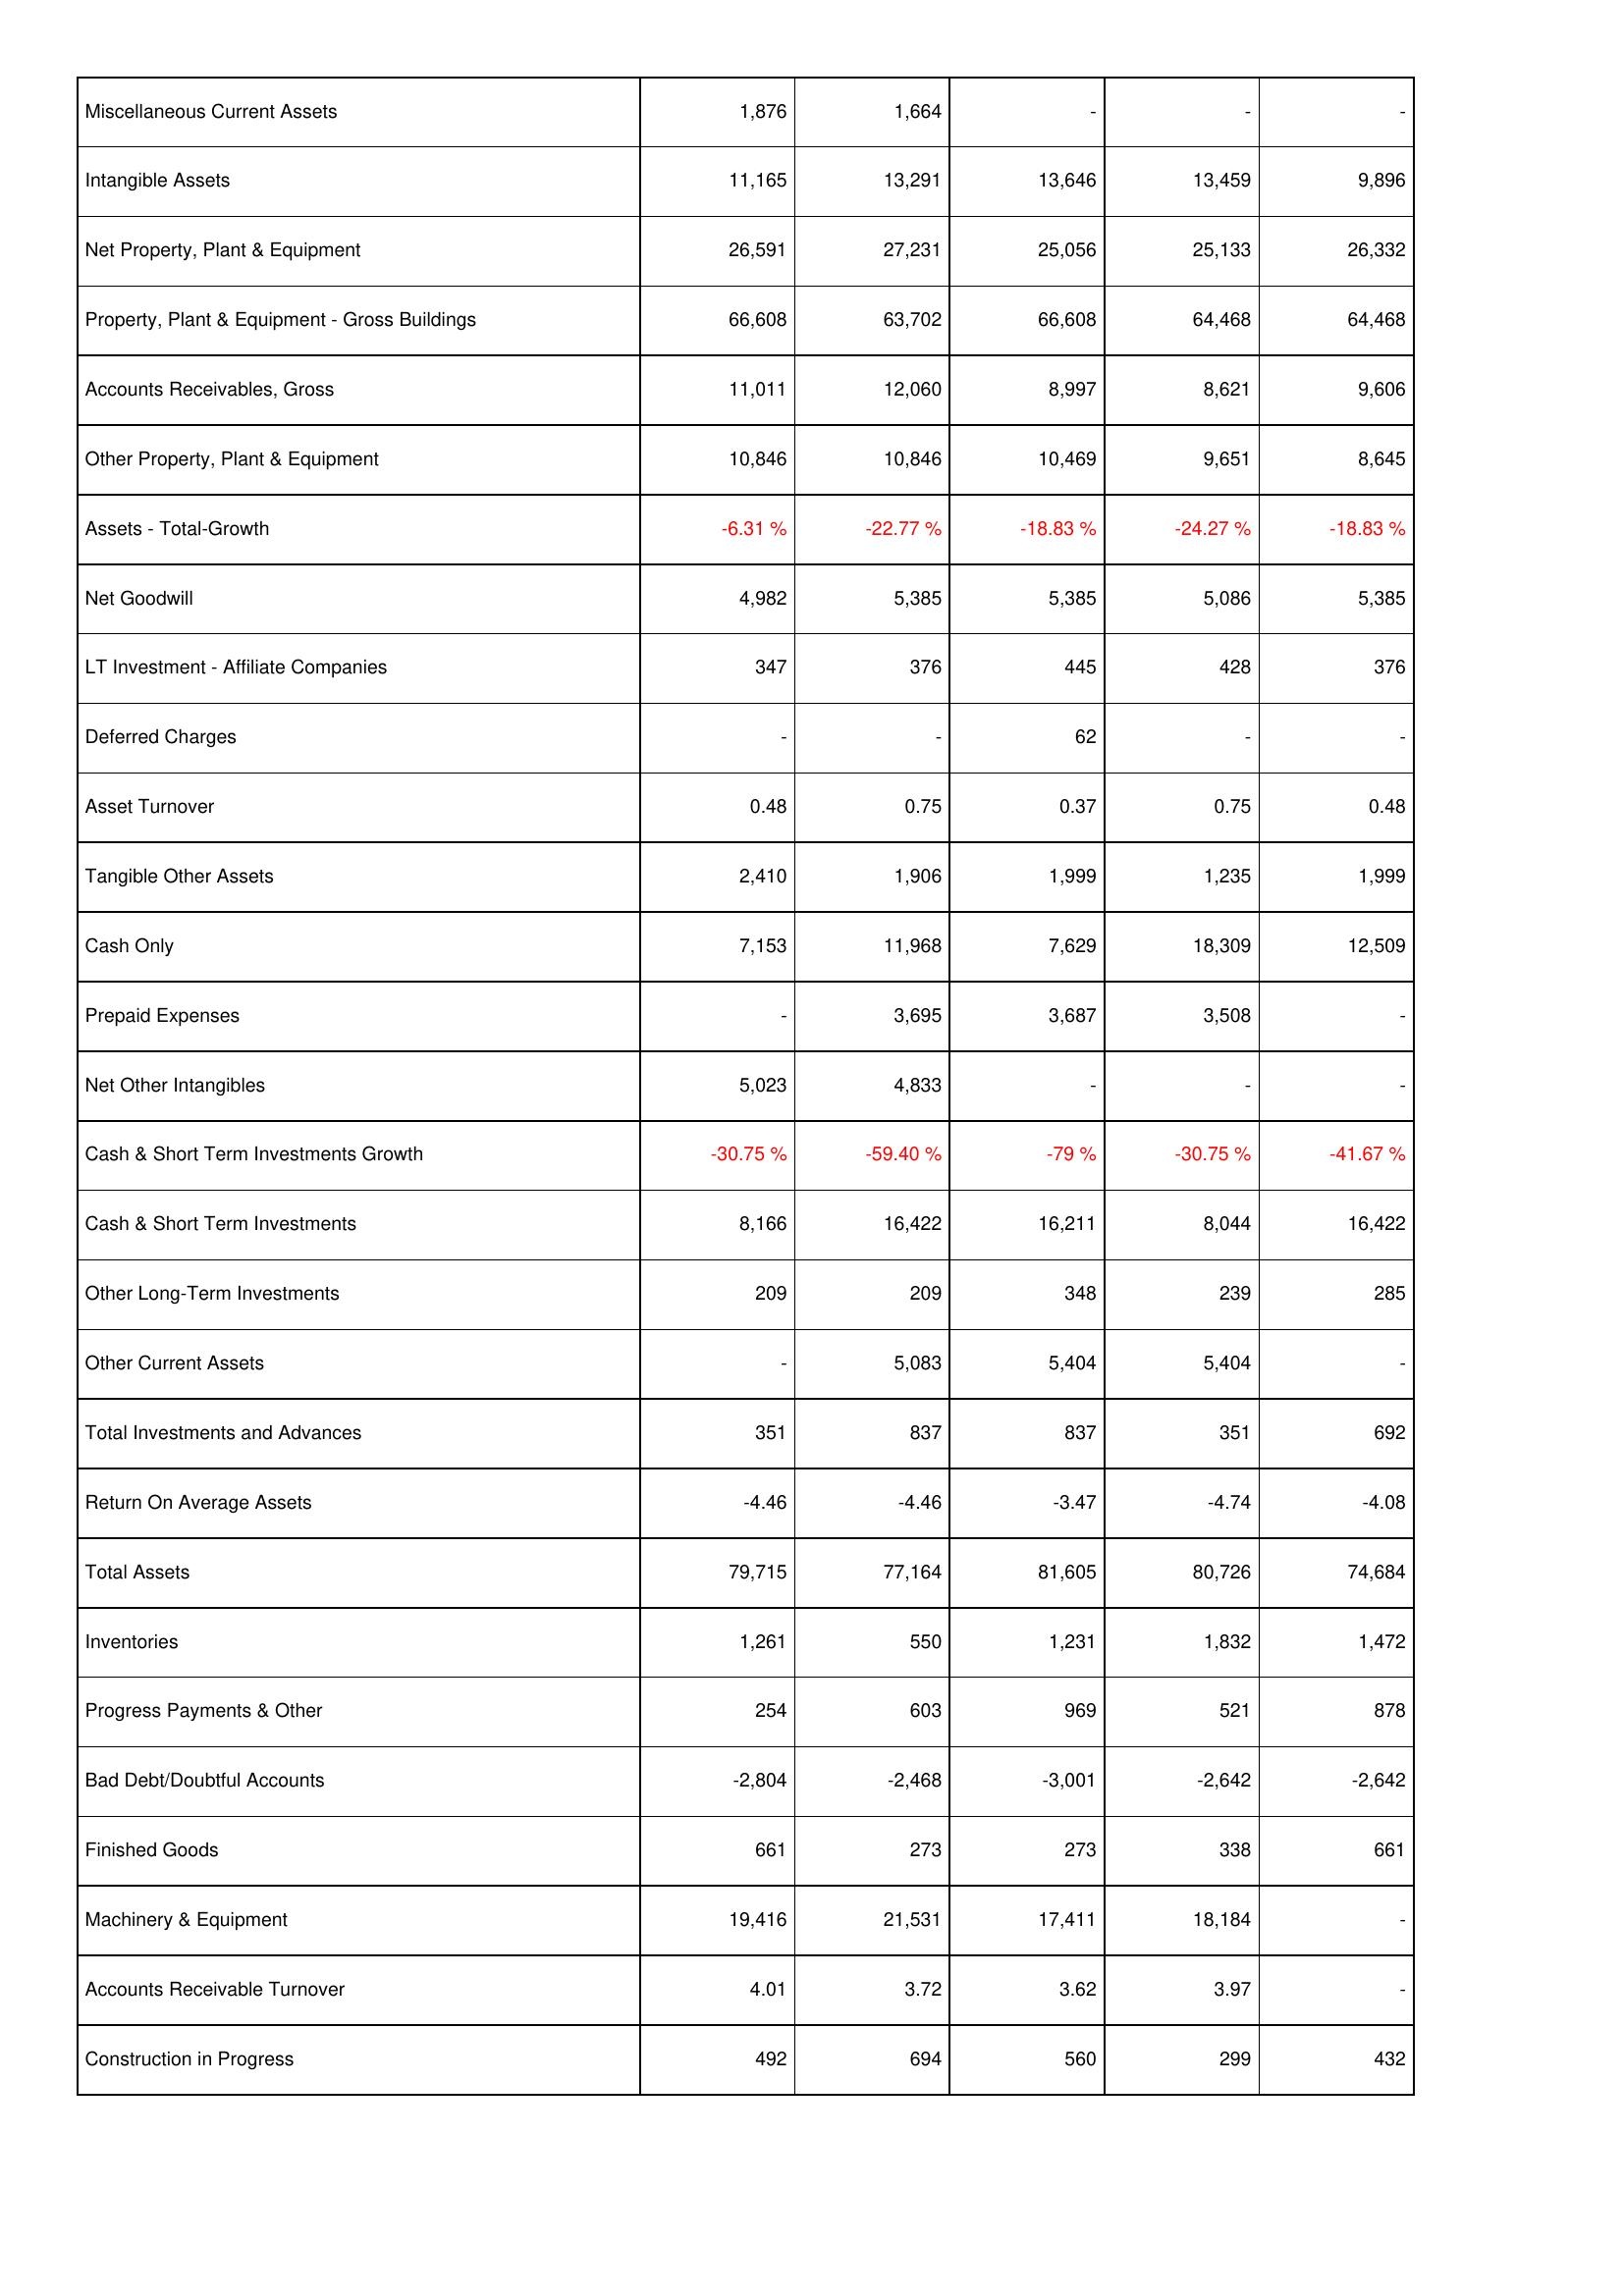
2010: Assets: Miscellaneous Current Assets: 1,876
Intangible Assets: 11,165
Net Property, Plant & Equipment: 26,591
Property, Plant & Equipment - Gross Buildings: 66,608
Accounts Receivables, Gross: 11,011
Other Property, Plant & Equipment: 10,846
Assets - Total-Growth: -6.31 %
Net Goodwill: 4,982
LT Investment - Affiliate Companies: 347
Deferred Charges: -
Asset Turnover: 0.48
Tangible Other Assets: 2,410
Cash Only: 7,153
Prepaid Expenses: -
Net Other Intangibles: 5,023
Cash & Short Term Investments Growth: -30.75 %
Cash & Short Term Investments: 8,166
Other Long-Term Investments: 209
Other Current Assets: -
Total Investments and Advances: 351
Return On Average Assets: -4.46
Total Assets: 79,715
Inventories: 1,261
Progress Payments & Other: 254
Bad Debt/Doubtful Accounts: -2,804
Finished Goods: 661
Machinery & Equipment: 19,416
Accounts Receivable Turnover: 4.01
Construction in Progress: 492
2011: Assets: Miscellaneous Current Assets: 1,664
Intangible Assets: 13,291
Net Property, Plant & Equipment: 27,231
Property, Plant & Equipment - Gross Buildings: 63,702
Accounts Receivables, Gross: 12,060
Other Property, Plant & Equipment: 10,846
Assets - Total-Growth: -22.77 %
Net Goodwill: 5,385
LT Investment - Affiliate Companies: 376
Deferred Charges: -
Asset Turnover: 0.75
Tangible Other Assets: 1,906
Cash Only: 11,968
Prepaid Expenses: 3,695
Net Other Intangibles: 4,833
Cash & Short Term Investments Growth: -59.40 %
Cash & Short Term Investments: 16,422
Other Long-Term Investments: 209
Other Current Assets: 5,083
Total Investments and Advances: 837
Return On Average Assets: -4.46
Total Assets: 77,164
Inventories: 550
Progress Payments & Other: 603
Bad Debt/Doubtful Accounts: -2,468
Finished Goods: 273
Machinery & Equipment: 21,531
Accounts Receivable Turnover: 3.72
Construction in Progress: 694
2012: Assets: Miscellaneous Current Assets: -
Intangible Assets: 13,646
Net Property, Plant & Equipment: 25,056
Property, Plant & Equipment - Gross Buildings: 66,608
Accounts Receivables, Gross: 8,997
Other Property, Plant & Equipment: 10,469
Assets - Total-Growth: -18.83 %
Net Goodwill: 5,385
LT Investment - Affiliate Companies: 445
Deferred Charges: 62
Asset Turnover: 0.37
Tangible Other Assets: 1,999
Cash Only: 7,629
Prepaid Expenses: 3,687
Net Other Intangibles: -
Cash & Short Term Investments Growth: -79 %
Cash & Short Term Investments: 16,211
Other Long-Term Investments: 348
Other Current Assets: 5,404
Total Investments and Advances: 837
Return On Average Assets: -3.47
Total Assets: 81,605
Inventories: 1,231
Progress Payments & Other: 969
Bad Debt/Doubtful Accounts: -3,001
Finished Goods: 273
Machinery & Equipment: 17,411
Accounts Receivable Turnover: 3.62
Construction in Progress: 560
2013: Assets: Miscellaneous Current Assets: -
Intangible Assets: 13,459
Net Property, Plant & Equipment: 25,133
Property, Plant & Equipment - Gross Buildings: 64,468
Accounts Receivables, Gross: 8,621
Other Property, Plant & Equipment: 9,651
Assets - Total-Growth: -24.27 %
Net Goodwill: 5,086
LT Investment - Affiliate Companies: 428
Deferred Charges: -
Asset Turnover: 0.75
Tangible Other Assets: 1,235
Cash Only: 18,309
Prepaid Expenses: 3,508
Net Other Intangibles: -
Cash & Short Term Investments Growth: -30.75 %
Cash & Short Term Investments: 8,044
Other Long-Term Investments: 239
Other Current Assets: 5,404
Total Investments and Advances: 351
Return On Average Assets: -4.74
Total Assets: 80,726
Inventories: 1,832
Progress Payments & Other: 521
Bad Debt/Doubtful Accounts: -2,642
Finished Goods: 338
Machinery & Equipment: 18,184
Accounts Receivable Turnover: 3.97
Construction in Progress: 299
2014: Assets: Miscellaneous Current Assets: -
Intangible Assets: 9,896
Net Property, Plant & Equipment: 26,332
Property, Plant & Equipment - Gross Buildings: 64,468
Accounts Receivables, Gross: 9,606
Other Property, Plant & Equipment: 8,645
Assets - Total-Growth: -18.83 %
Net Goodwill: 5,385
LT Investment - Affiliate Companies: 376
Deferred Charges: -
Asset Turnover: 0.48
Tangible Other Assets: 1,999
Cash Only: 12,509
Prepaid Expenses: -
Net Other Intangibles: -
Cash & Short Term Investments Growth: -41.67 %
Cash & Short Term Investments: 16,422
Other Long-Term Investments: 285
Other Current Assets: -
Total Investments and Advances: 692
Return On Average Assets: -4.08
Total Assets: 74,684
Inventories: 1,472
Progress Payments & Other: 878
Bad Debt/Doubtful Accounts: -2,642
Finished Goods: 661
Machinery & Equipment: -
Accounts Receivable Turnover: -
Construction in Progress: 432